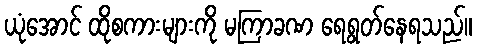
ယုံအောင် ထိုစကားများကို မကြာခဏ ရေရွတ်နေရသည်။